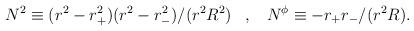
LaTeX: \begin{align*}N^{2}\equiv (r^2-r_{+}^2)(r^2-r_{-}^2)/(r^2 R^2)\;\;\; , \;\;\;N^{\phi}\equiv -r_{+}r_{-}/(r^2 R).\end{align*}